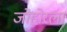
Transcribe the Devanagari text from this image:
जोहोरला